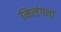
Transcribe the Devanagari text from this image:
मिलंगना